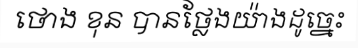
ថោង ខុន បានថ្លែងយ៉ាងដូច្នេះ